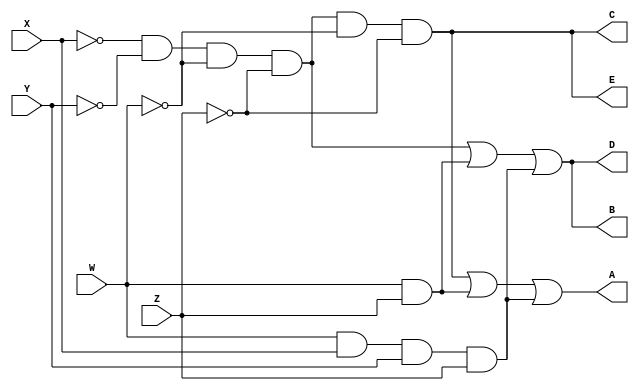
// -------------------------
// Guia_0601.v 
// Nome: Arthur Martinho Medeiros Oliveira
// -------------------------
module simplificadas (
  input X, Y, W, Z,
  output A,
  output B,
  output C,
  output D,
  output E
);

  // Funo a) F(X, Y, W, Z) = X'Y'W'Z'W'Z + W'Z + WXYZ
  assign A = (~X & ~Y & ~W & ~Z & ~W & ~Z) | (W & Z) | (W & X & Y & Z);
  
  // Funo b) F(X, Y, W, Z) = X'Y'W'Z' + W'Z + WXYZ
  assign B = (~X & ~Y & ~W & ~Z) | (W & Z) | (W & X & Y & Z);
  
  // Funo c) F(X, Y, W, Z) = X'Y'W'Z'W'Z
  assign C = (~X & ~Y & ~W & ~Z & ~W & ~Z);
  
  // Funo d) F(X, Y, W, Z) = X'Y'W'Z' + W'Z + WXYZ
  assign D = (~X & ~Y & ~W & ~Z) | (W & Z) | (W & X & Y & Z);
  
  // Funo e) F(X, Y, W, Z) = X'Y'W'Z'W'Z
  assign E = (~X & ~Y & ~W & ~Z & ~W & ~Z);

endmodule